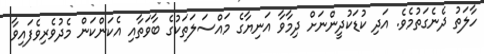
ހާލަތު ދެނެގަތުމެވެ. އަދި ކުޑަކުދީންނަށް ދިމާވާ އަނިޔާގެ މައްސަލަތަކުގެ ބާވަތާއި އެކަންކަން މެދުވެރިވެފައިވާ